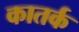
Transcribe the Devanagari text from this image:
कातर्क